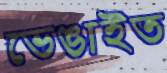
ভেঙাইত